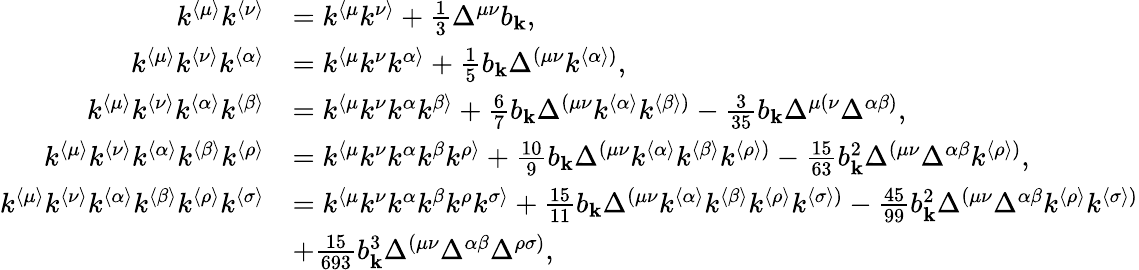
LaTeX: \begin{array}{rl}{k^{\langle\mu\rangle}k^{\langle\nu\rangle}}&{=k^{\langle\mu}k^{\nu\rangle}+\frac{1}{3}\Delta^{\mu\nu}b_{\mathbf{k}},}\\ {k^{\langle\mu\rangle}k^{\langle\nu\rangle}k^{\langle\alpha\rangle}}&{=k^{\langle\mu}k^{\nu}k^{\alpha\rangle}+\frac{1}{5}b_{\mathbf{k}}\Delta^{(\mu\nu}k^{\langle\alpha\rangle)},}\\ {k^{\langle\mu\rangle}k^{\langle\nu\rangle}k^{\langle\alpha\rangle}k^{\langle\beta\rangle}}&{=k^{\langle\mu}k^{\nu}k^{\alpha}k^{\beta\rangle}+\frac{6}{7}b_{\mathbf{k}}\Delta^{(\mu\nu}k^{\langle\alpha\rangle}k^{\langle\beta\rangle)}-\frac{3}{35}b_{\mathbf{k}}\Delta^{\mu(\nu}\Delta^{\alpha\beta)},}\\ {k^{\langle\mu\rangle}k^{\langle\nu\rangle}k^{\langle\alpha\rangle}k^{\langle\beta\rangle}k^{\langle\rho\rangle}}&{=k^{\langle\mu}k^{\nu}k^{\alpha}k^{\beta}k^{\rho\rangle}+\frac{10}{9}b_{\mathbf{k}}\Delta^{(\mu\nu}k^{\langle\alpha\rangle}k^{\langle\beta\rangle}k^{\langle\rho\rangle)}-\frac{15}{63}b_{\mathbf{k}}^{2}\Delta^{(\mu\nu}\Delta^{\alpha\beta}k^{\langle\rho\rangle)},}\\ {k^{\langle\mu\rangle}k^{\langle\nu\rangle}k^{\langle\alpha\rangle}k^{\langle\beta\rangle}k^{\langle\rho\rangle}k^{\langle\sigma\rangle}}&{=k^{\langle\mu}k^{\nu}k^{\alpha}k^{\beta}k^{\rho}k^{\sigma\rangle}+\frac{15}{11}b_{\mathbf{k}}\Delta^{(\mu\nu}k^{\langle\alpha\rangle}k^{\langle\beta\rangle}k^{\langle\rho\rangle}k^{\langle\sigma\rangle)}-\frac{45}{99}b_{\mathbf{k}}^{2}\Delta^{(\mu\nu}\Delta^{\alpha\beta}k^{\langle\rho\rangle}k^{\langle\sigma\rangle)}}\\ &{+\frac{15}{693}b_{\mathbf{k}}^{3}\Delta^{(\mu\nu}\Delta^{\alpha\beta}\Delta^{\rho\sigma)},}\end{array}